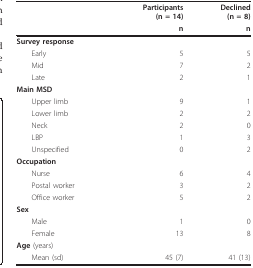
|  | Participants(n = 14) | Declined(n = 8) |
 |  | n | n |
 | --- | --- | --- |
 | Survey response |  |  |
 | Early | 5 | 5 |
 | Mid | 7 | 2 |
 | Late | 2 | 1 |
 | Main MSD |  |  |
 | Upper limb | 9 | 1 |
 | Lower limb | 2 | 2 |
 | Neck | 2 | 0 |
 | LBP | 1 | 3 |
 | Unspecified | 0 | 2 |
 | Occupation |  |  |
 | Nurse | 6 | 4 |
 | Postal worker | 3 | 2 |
 | Office worker | 5 | 2 |
 | Sex |  |  |
 | Male | 1 | 0 |
 | Female | 13 | 8 |
 | Age (years) |  |  |
 | Mean (sd) | 45 (7) | 41 (13) |